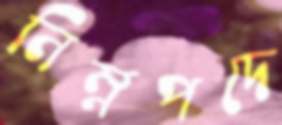
নিম্নপদে